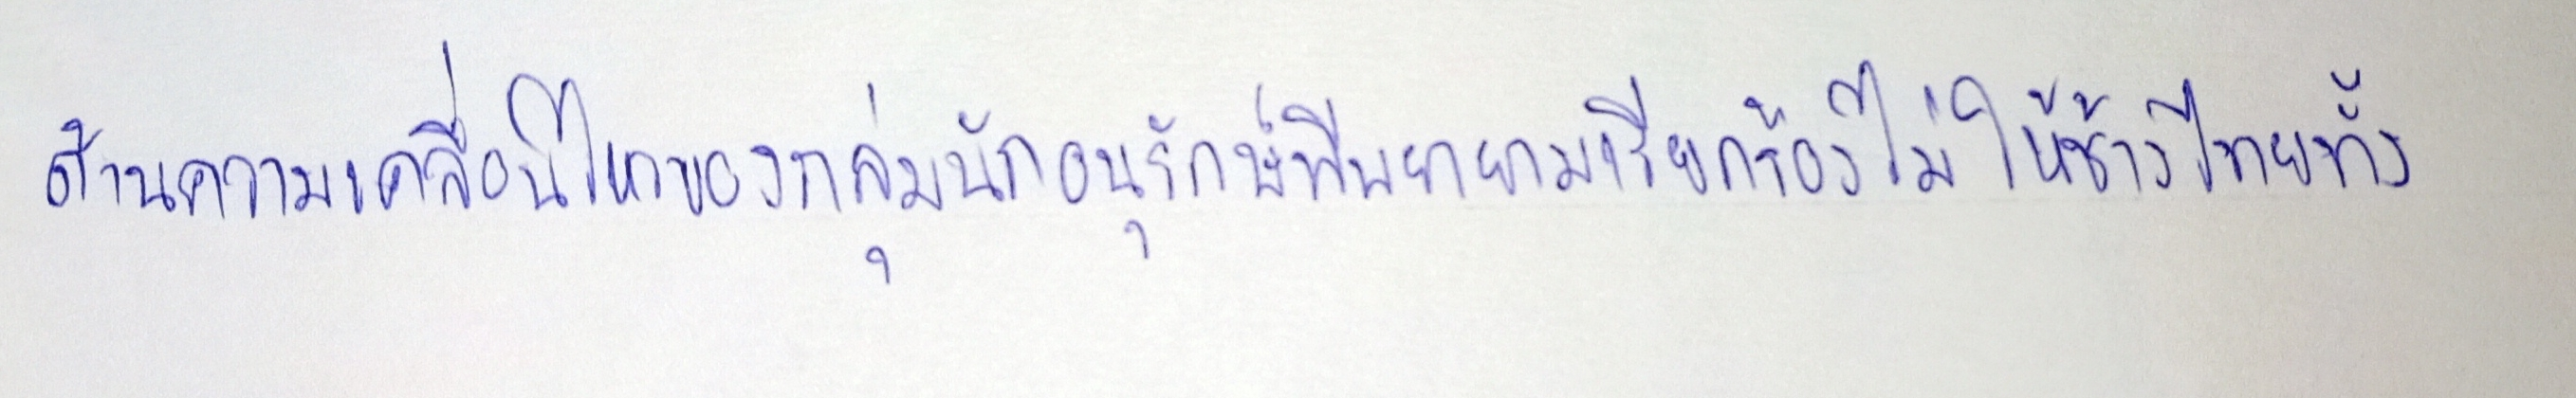
ด้านความเคลื่อนไหวของกลุ่มนักอนุรักษ์ที่พยายามเรียกร้องไม่ให้ช้างไทยทั้ง